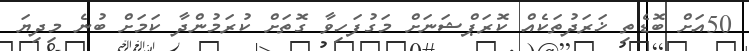
50އަށް ބޮޑެތި ޚަރަދުތަކެއް ކޮރަޕްޝަނަށް މަގުފަހިވާ ގޮތަށް ކުރަމުންދާ ކަމަށް ބުނެ މިދިޔަ